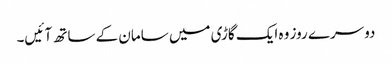
دوسرے روز وہ ایک گاڑی میں سامان کے ساتھ آ ئیں۔